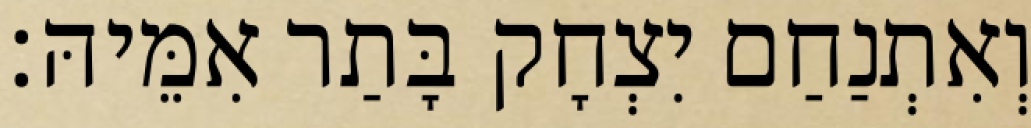
וְאִתְנַחַם יִצְחָק בָּתַר אִמֵּיהּ׃